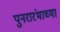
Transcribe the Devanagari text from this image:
पुनरारंभाच्या